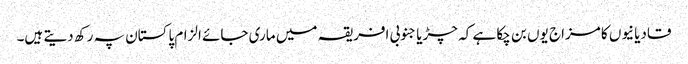
قادیانیوں کا مزاج یوں بن چکا ہے کہ چڑیا جنوبی افریقہ میں ماری جائے الزام پاکستان پہ رکھ دیتے ہیں۔